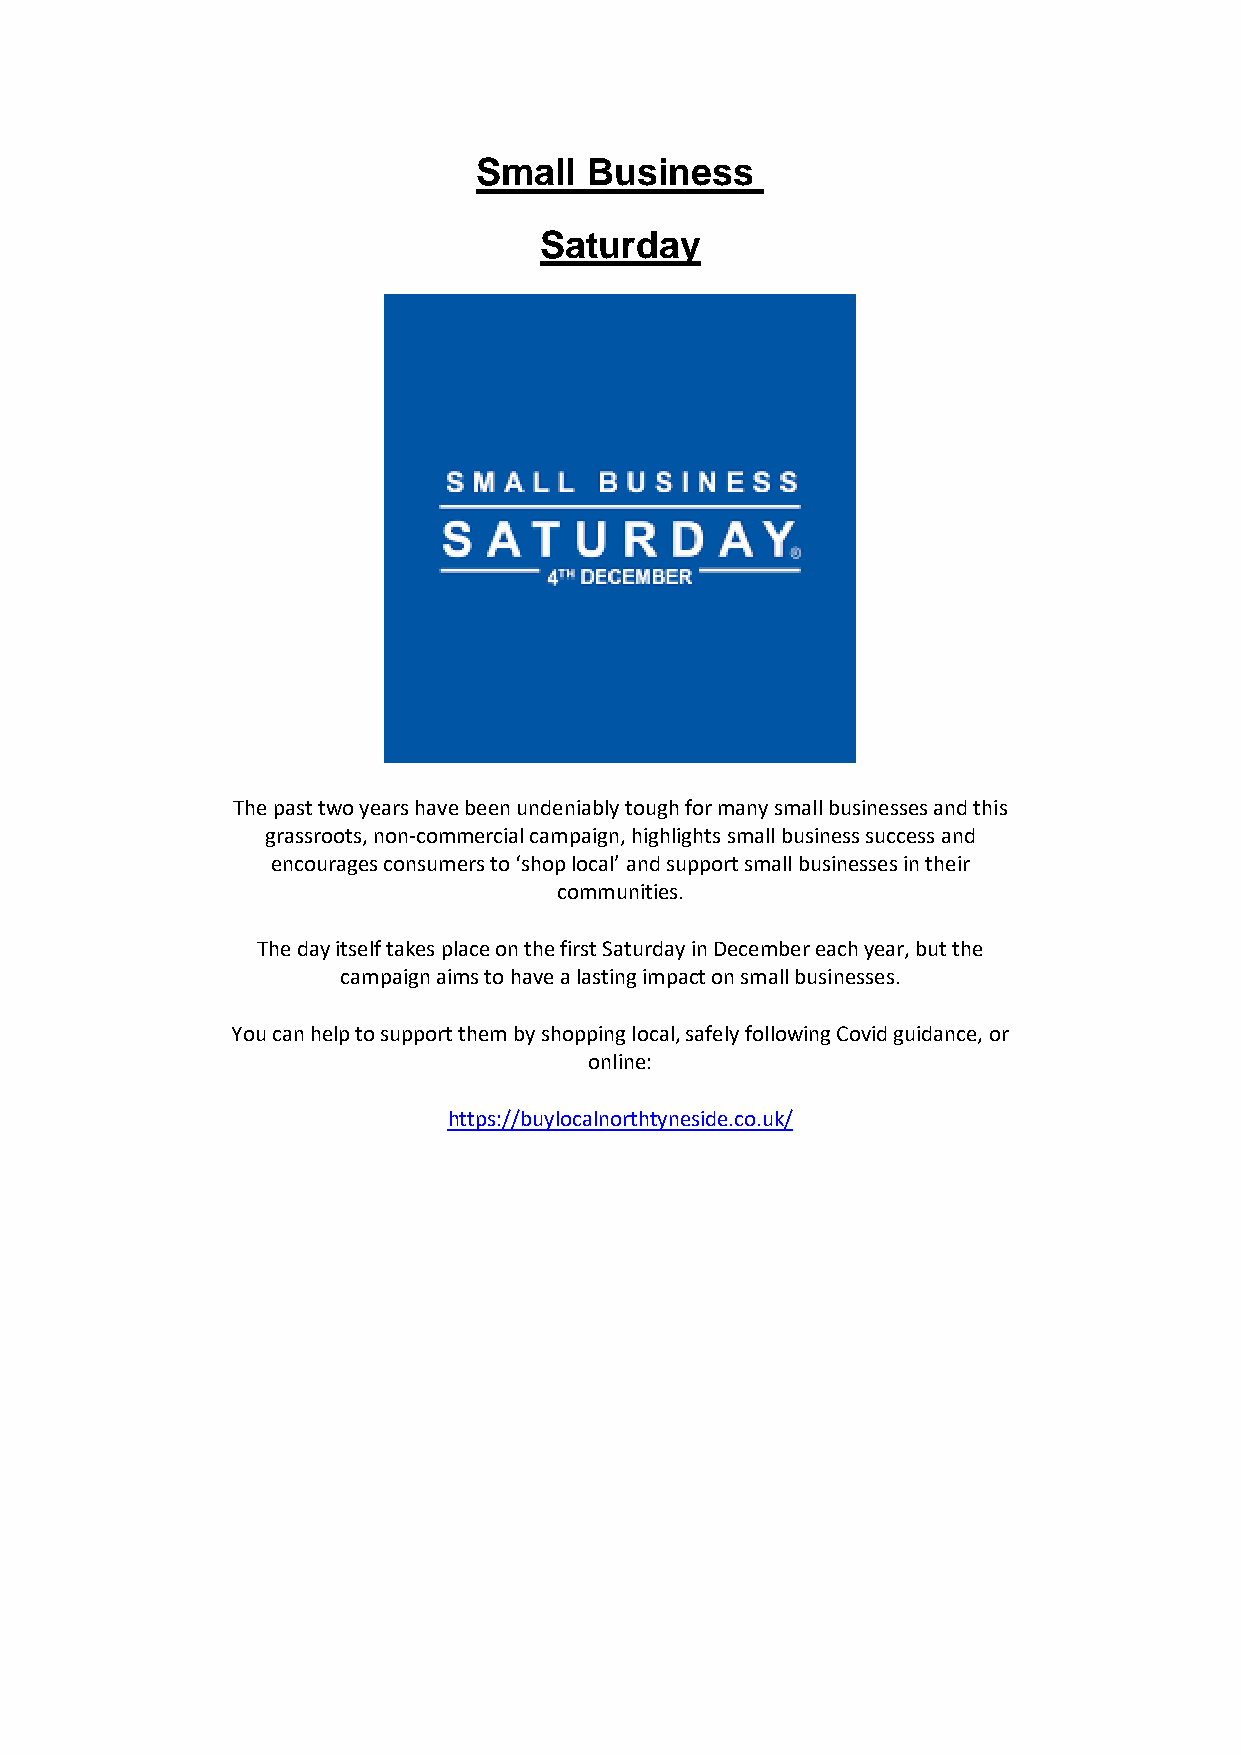
Small  Business
 Saturday
 The past two years have been undeniably tough for many small businesses and this
 grassroots, non-commercial campaign, highlights small business success and
 encourages consumers to ‘shop local’ and support small businesses in their
 communities.
 The day itself takes place on the first Saturday in December each year, but the
 campaign aims to have a lasting impact on small businesses.
 You can help to support them by shopping local, safely following Covid guidance, or
 online:
 https://buylocalnorthtyneside.co.uk/